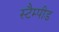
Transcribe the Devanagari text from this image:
स्टैम्पीड